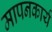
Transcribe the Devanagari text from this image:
मापनकार्य